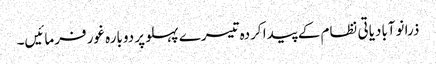
ذرا نوآبادیاتی نظام کے پیدا کردہ تیسرے پہلو پر دوبارہ غور فرمائیں۔